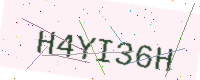
Text: H4YI36H